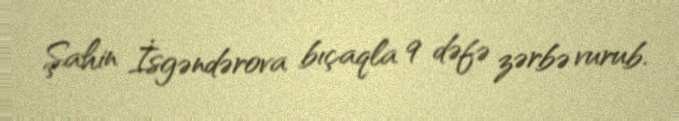
Şahin İsgəndərova bıçaqla 9 dəfə zərbə vurub.